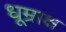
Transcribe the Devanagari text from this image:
धूम्राक्ष